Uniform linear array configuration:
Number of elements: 12
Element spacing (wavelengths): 0.75
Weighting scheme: kaiser
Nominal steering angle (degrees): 30
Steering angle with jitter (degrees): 30.559
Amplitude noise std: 0.05
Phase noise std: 0.05

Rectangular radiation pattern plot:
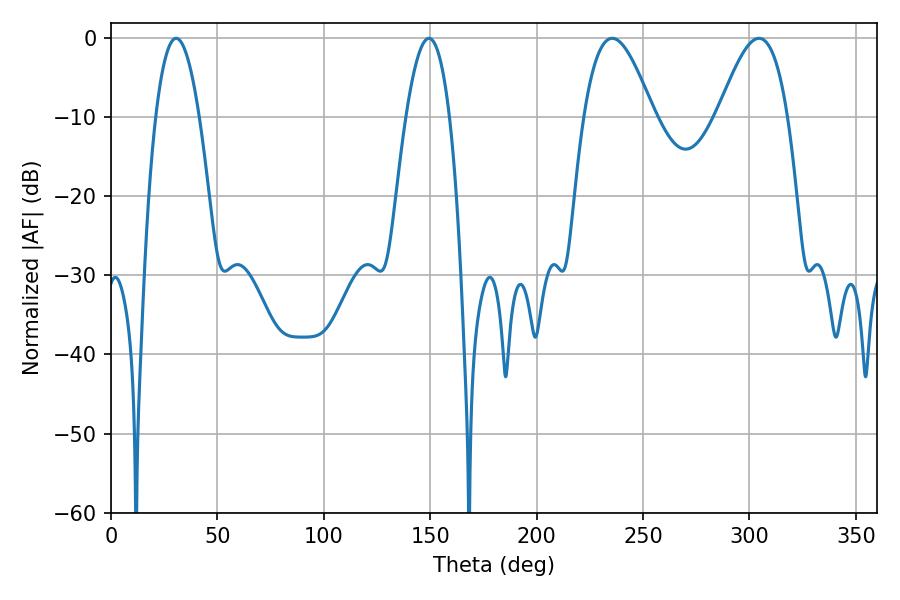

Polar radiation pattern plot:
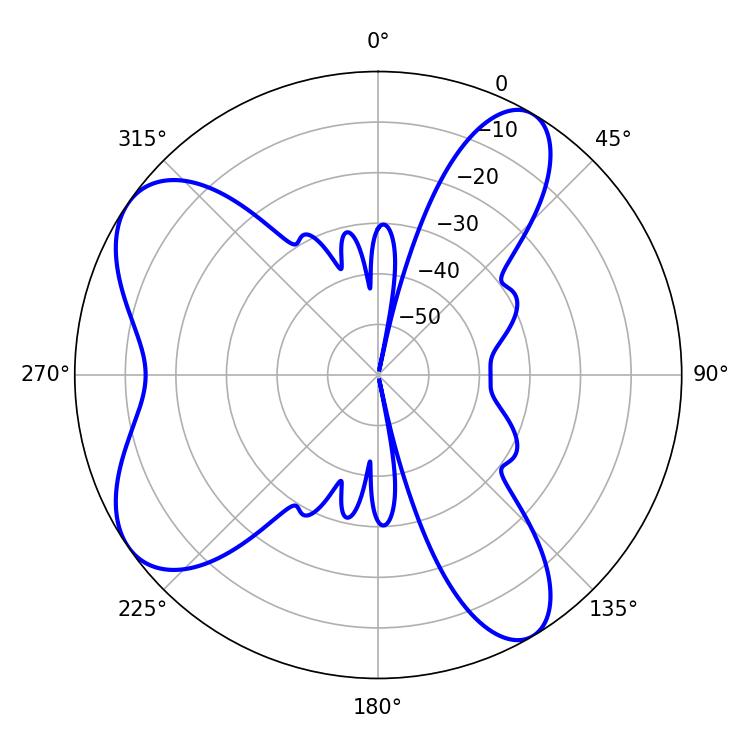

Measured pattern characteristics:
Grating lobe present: TRUE
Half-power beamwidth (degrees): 11.16
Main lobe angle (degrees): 30.6